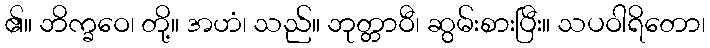
၏။ ဘိက္ခဝေ၊ တို့။ အဟံ၊ သည်။ ဘုတ္တာဝီ၊ ဆွမ်းစားပြီး။ သပဝါရိတော၊